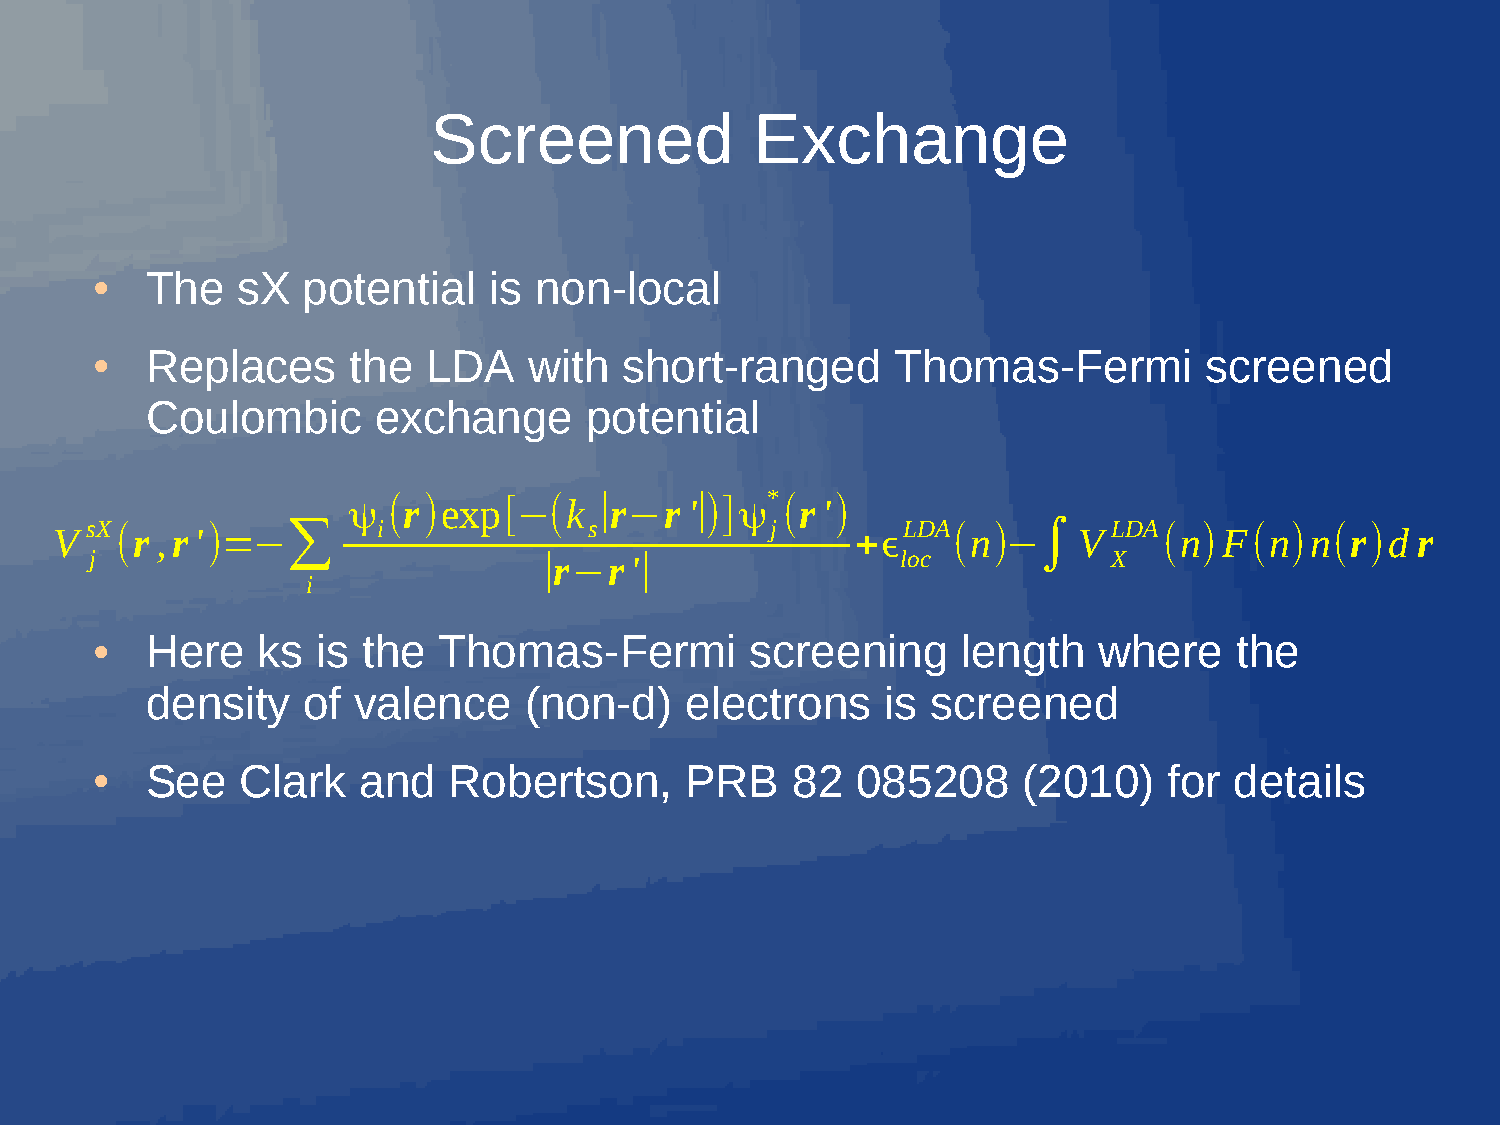
Screened              Exchange
 The   sX  potential   is non-local
 ●
 Replaces     the  LDA    with  short-ranged      Thomas-Fermi         screened
 ●
 Coulombic      exchange      potential
 ψ  (r)exp[−(k    ∣r−r  '∣)]ψ* (r ')
 sX           ∑     i             s           j        LDA      ∫    LDA
 V   (r ,r')=−                                        +ϵ    (n)−    V     (n)F(n)n(r)d     r
 j                             ∣r−r'∣                  loc           X
 i
 Here   ks  is the  Thomas-Fermi         screening     length   where    the
 ●
 density   of valence     (non-d)   electrons     is screened
 See   Clark   and   Robertson,     PRB    82   085208     (2010)   for  details
 ●